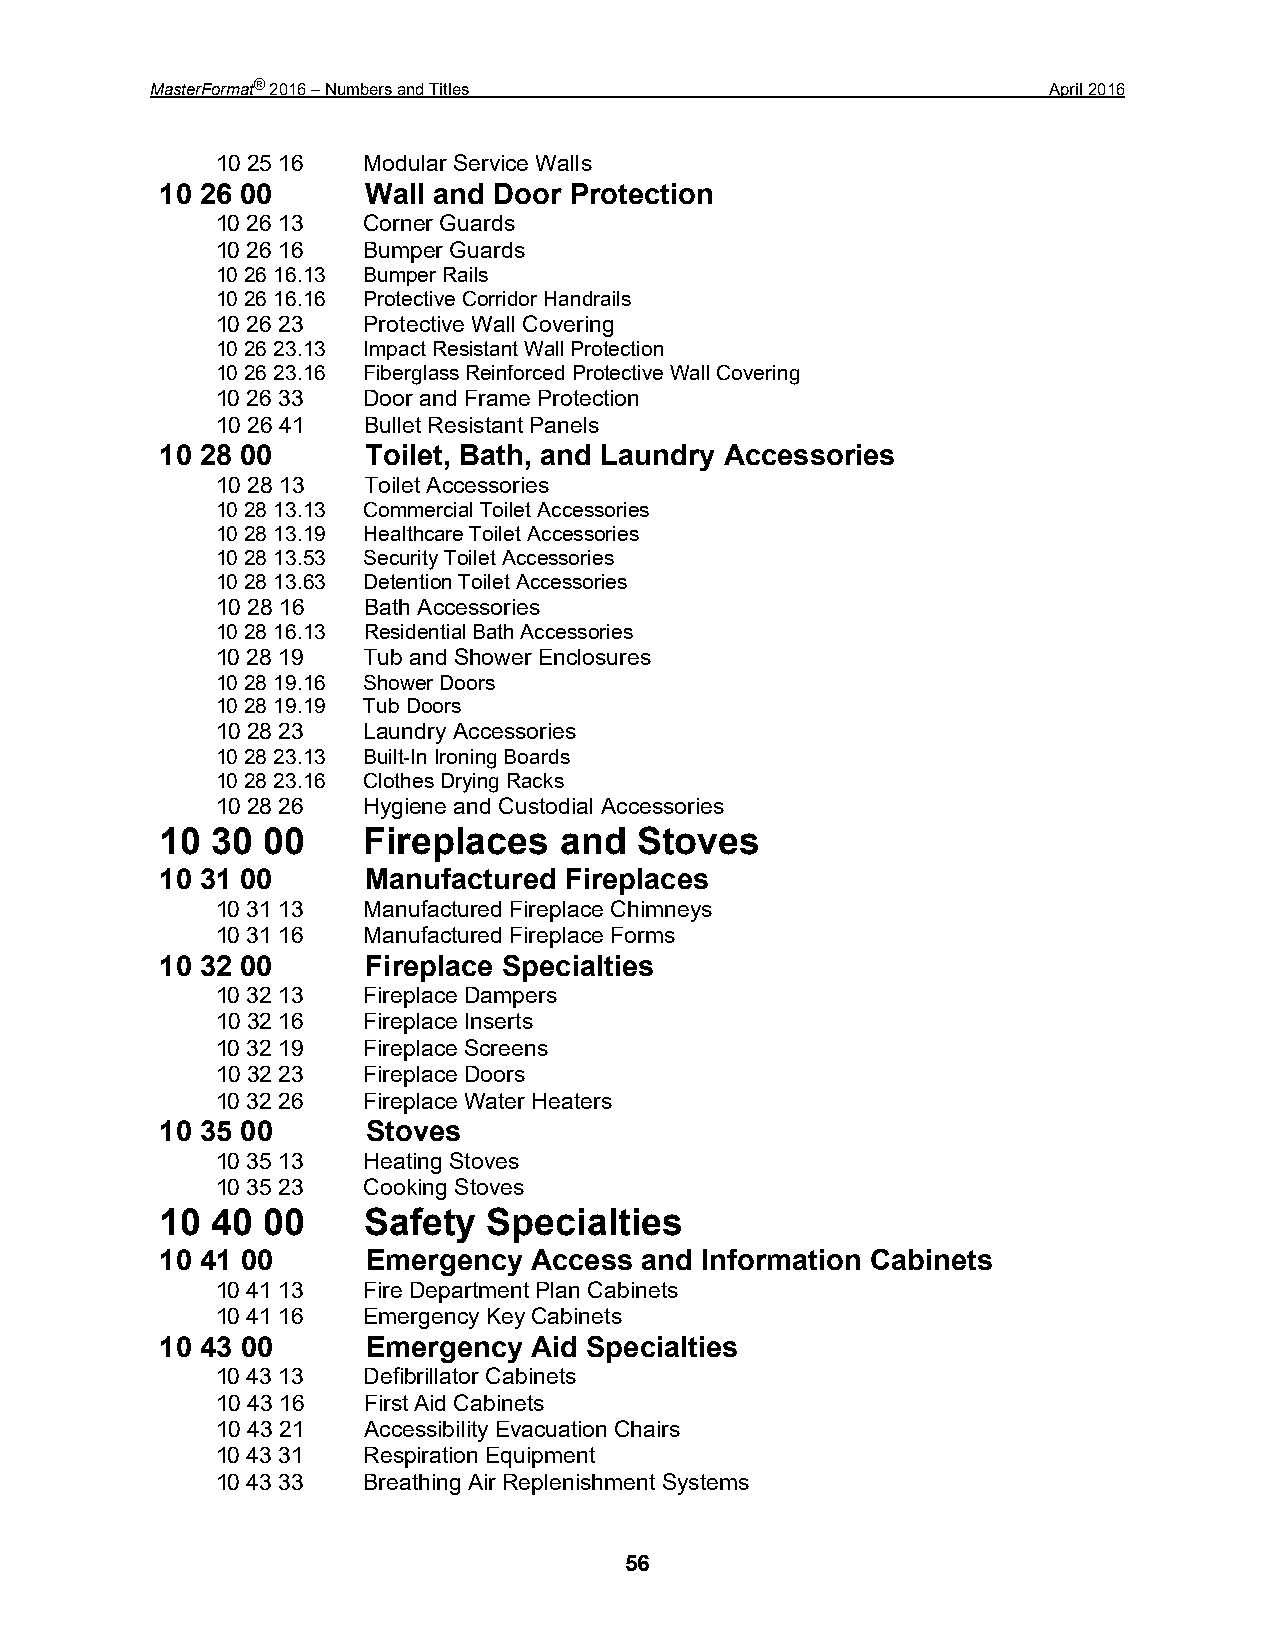
MasterFormat® 2016 – Numbers and Titles                     April 2016
 10 25 16  Modular Service Walls
 10 26 00     Wall and Door Protection
 10 26 13  Corner Guards
 10 26 16  Bumper Guards
 10 26 16.13 Bumper Rails
 10 26 16.16 Protective Corridor Handrails
 10 26 23  Protective Wall Covering
 10 26 23.13 Impact Resistant Wall Protection
 10 26 23.16 Fiberglass Reinforced Protective Wall Covering
 10 26 33  Door and Frame Protection
 10 26 41  Bullet Resistant Panels
 10 28 00     Toilet, Bath, and Laundry Accessories
 10 28 13  Toilet Accessories
 10 28 13.13 Commercial Toilet Accessories
 10 28 13.19 Healthcare Toilet Accessories
 10 28 13.53 Security Toilet Accessories
 10 28 13.63 Detention Toilet Accessories
 10 28 16  Bath Accessories
 10 28 16.13 Residential Bath Accessories
 10 28 19  Tub and Shower Enclosures
 10 28 19.16 Shower Doors
 10 28 19.19 Tub Doors
 10 28 23  Laundry Accessories
 10 28 23.13 Built-In Ironing Boards
 10 28 23.16 Clothes Drying Racks
 10 28 26  Hygiene and Custodial Accessories
 10 30 00     Fireplaces   and  Stoves
 10 31 00     Manufactured Fireplaces
 10 31 13  Manufactured Fireplace Chimneys
 10 31 16  Manufactured Fireplace Forms
 10 32 00     Fireplace Specialties
 10 32 13  Fireplace Dampers
 10 32 16  Fireplace Inserts
 10 32 19  Fireplace Screens
 10 32 23  Fireplace Doors
 10 32 26  Fireplace Water Heaters
 10 35 00     Stoves
 10 35 13  Heating Stoves
 10 35 23  Cooking Stoves
 10 40 00     Safety  Specialties
 10 41 00     Emergency  Access and Information Cabinets
 10 41 13  Fire Department Plan Cabinets
 10 41 16  Emergency Key Cabinets
 10 43 00     Emergency  Aid Specialties
 10 43 13  Defibrillator Cabinets
 10 43 16  First Aid Cabinets
 10 43 21  Accessibility Evacuation Chairs
 10 43 31  Respiration Equipment
 10 43 33  Breathing Air Replenishment Systems
 56